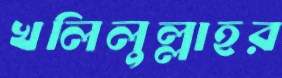
খলিলুল্লাহর